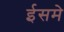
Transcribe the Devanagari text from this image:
ईसमे